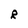
Character: R